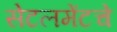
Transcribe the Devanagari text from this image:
सेटलमेंटचे